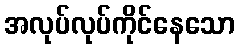
အလုပ်လုပ်ကိုင်နေသော